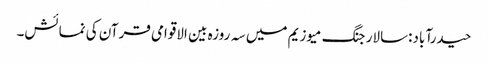
حیدرآباد:سالار جنگ میوزیم میں سہ روزہ بین الاقوامی قرآن کی نمائش۔